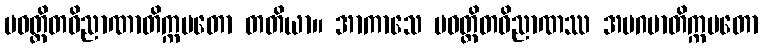
ပဝတ္တိတဝိညာဏာတိက္ကမတော တတိယာ။ အာကာသေ ပဝတ္တိတဝိညာဏဿ အပဂမာတိက္ကမတော